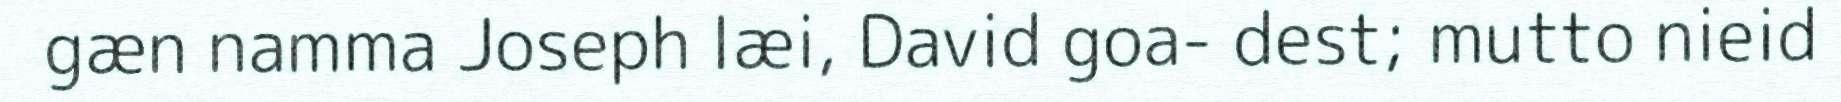
gæn namma Joseph læi, David goa- dest; mutto nieid